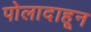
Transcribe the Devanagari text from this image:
पोलादाहून